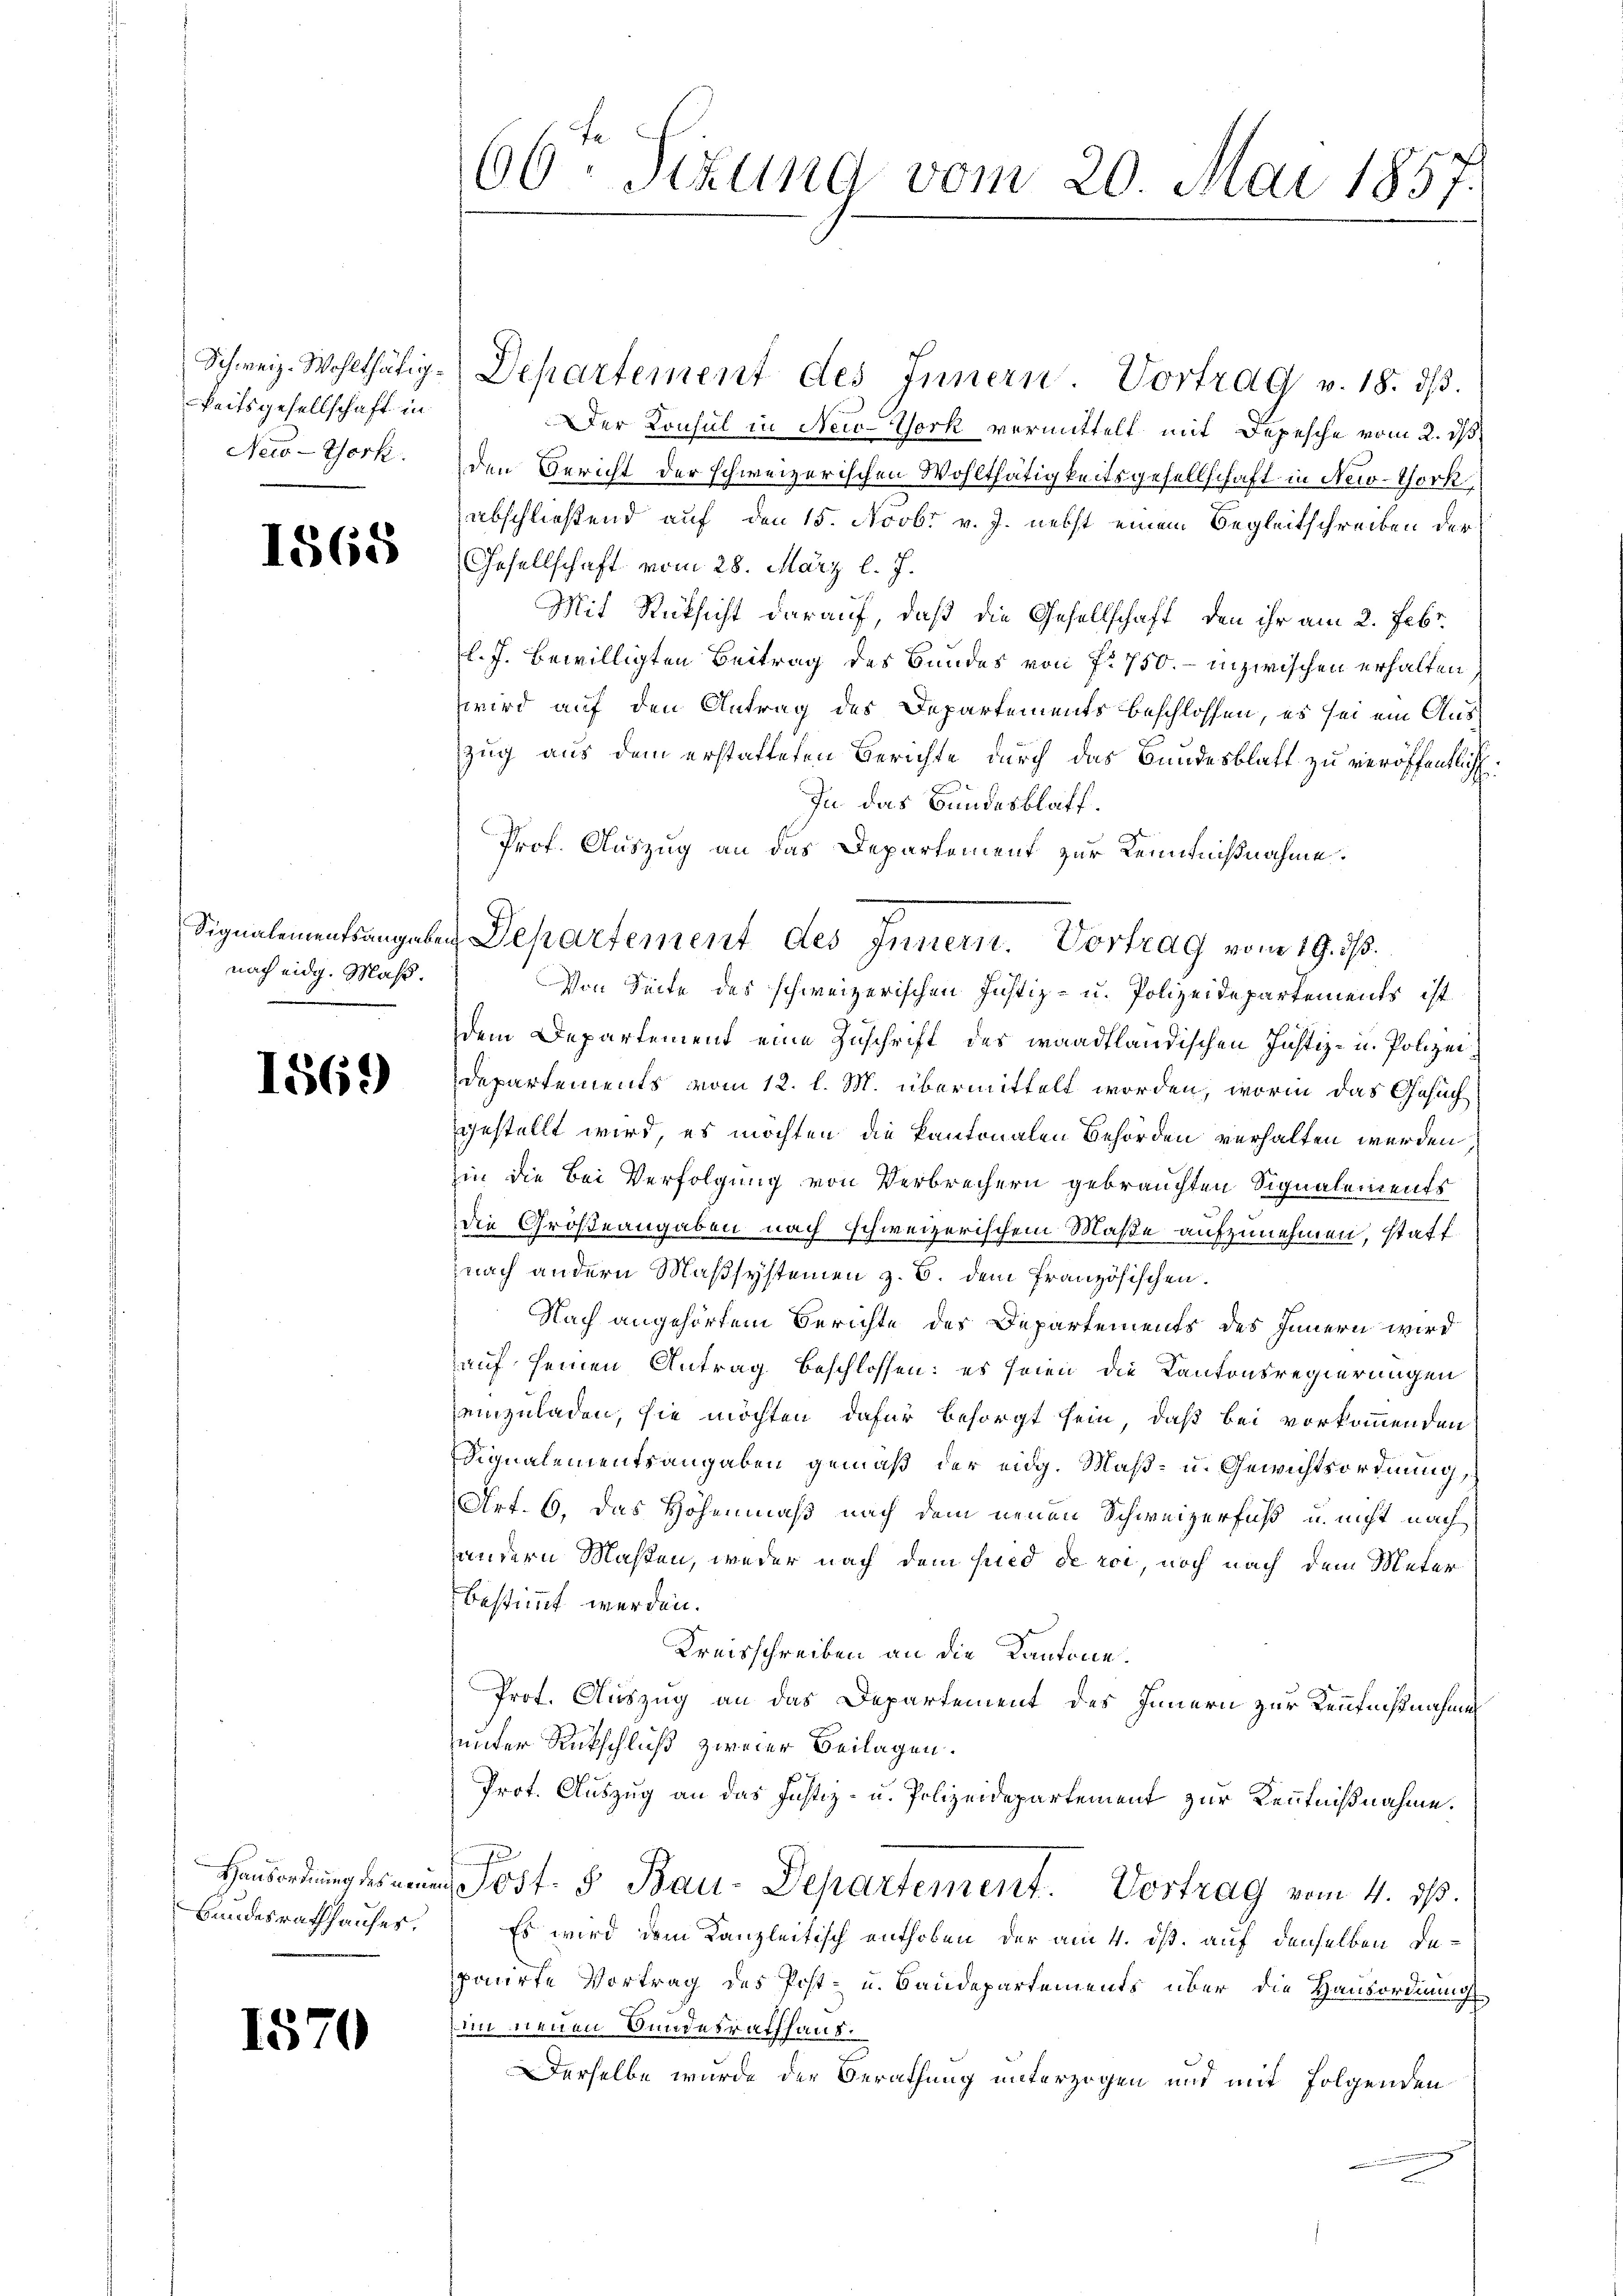
Schweiz. Wohlthätigkeitsgesellschaft in
New-York

1565

Signalementsangabe
nach eidg. Maß.

1569)

Hausordnung des neu
Bandesrathhauses.

1570

66. Sekund vom 20. Mai 1857.

Departement des Innern Vortrag v. 18. dβ.
Der Konsul in New-York vermittelt mit Depesche vom 2. ds
den Bericht der schweizerischen Wohlthätigkeitsgesellschaft in New-York
abschließend auf den 15. Novbr v. J. nebst einem Begleitschreiben der
Gesellschaft vom 28. März l. J.
Mit Rücksicht darauf, daß die Gesellschaft, den ihr am 2. Febr.
l. J. bewilligten Beitrag des Bundes von fr. 750.- inzwischen erhalten,
wird auf den Antrag des Departements beschlossen, es sei ein Auszug aus dem erstatteten Berichte durch das Bundesblatt zu veröffentlich¬
In das Bundesblatt.
Prof. Auszug an das Departement zur Kenntnißnahme.
Von Seite des schweizerischen Justiz- u. Polizeidepartements ist
dem Departement eine Zuschrift des waadtländischen Justiz- u. Polizei
Departements vom 12. l. M. übermittelt worden, worinn das Gesuch
gestellt wird, es möchten die kantonalen Behörden verhalten werden,
hin die bei Verfolgung von Verbrechern gebrauchten Signalements
die Großeangaben nach schweizerischem Maße aufzunehmen, statt
nach andern Maßsystemen z. B. dem französischen.
Nach angehörtem Berichte des Departements des Innern wird
auf seinen Antrag beschlossen: es seien die Kantonsregierungen
einzuladen, sie möchten dafür besorgt sein, daß bei vorkommenden
Signalementsangaben gemäß der eidg. Maß- u. Gewichtsordnung,
Art. 6, das Hohenmaß nach dem neuen Schweizerfuß u. nicht nach
andern Maßen, weder nach dem hied de rot, noch nach dem Meter
bestimmt werden.
Kreisschreiben an die Kantone.
Prot. Auszug an das Departement des Innern zur Kenntnißnahmen
unter Rutschluß zweier Beilagen.
Prot. Auszug an das Justiz- u. Polizeidepartement zur Kenntnißnahme.
 Post. 5. Bau-Departement. Vortrag vom 4. ds.
Es wird dem Kanzleitisch enthoben der am 4. ds. auf denselben deponirte Vortrag des Post- u. Baudepartements über die Hausordnung
im neuen Bundesrathhaus.
Derselbe wurde der Berathung unterzogen und mit folgenden

in Departement des Innern. Vortrag vom 19. d.